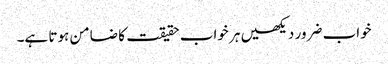
خواب ضرور دیکھیں ہر خواب حقیقت کا ضامن ہوتا ہے۔